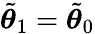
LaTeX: \tilde{{\boldsymbol{\theta}}}_{1}=\tilde{{\boldsymbol{\theta}}}_{0}